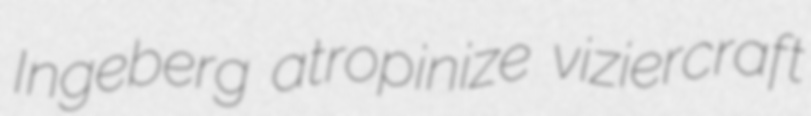
Ingeberg atropinize viziercraft